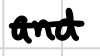
Text: and
Cross-out: single-line
Writing tool: digital_black